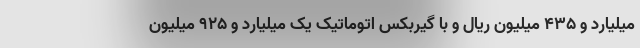
میلیارد و 435 میلیون ریال و با گیربکس اتوماتیک یک میلیارد و 925 میلیون